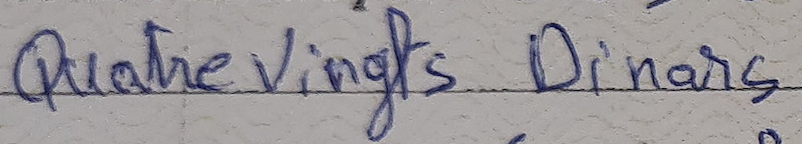
Quatre vingts Dinars